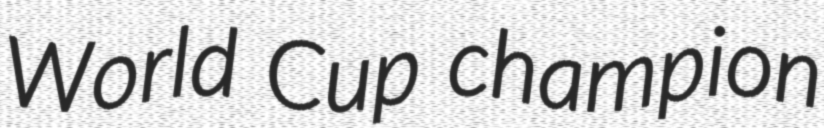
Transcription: World Cup champion